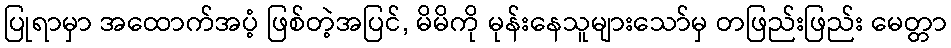
ပြုရာမှာ အထောက်အပံ့ ဖြစ်တဲ့အပြင်, မိမိကို မုန်းနေသူများသော်မှ တဖြည်းဖြည်း မေတ္တာ